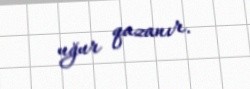
uğur qazanır.